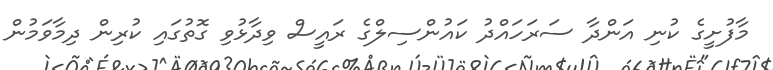
މާފުށީގެ ކުނި އަންދާ ސަރަހައްދު ކައުންސިލްގެ ރައީސް ވިދާޅުވި ގޮތުގައި ކުރިން ދިމާވަމުން